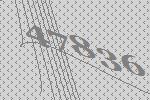
47836